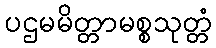
ပဌမမိတ္တာမစ္စသုတ္တံ